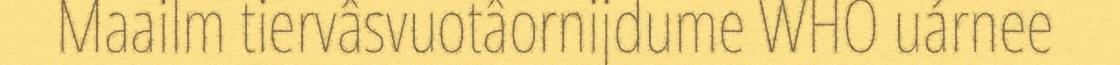
Maailm tiervâsvuotâornijdume WHO uárnee